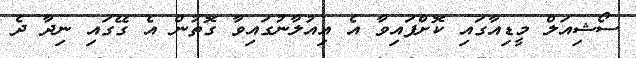
ސޯޝިއަލް މީޑިއާގައި ކޮށްފައިވާ އެ އިއުލާނުގައިވާ ގޮތުން އެ ގޭގައި ނިދާ ދެ